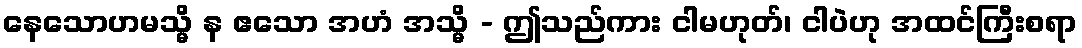
နေသောဟမသ္မိ န ဧသော အဟံ အသ္မိ - ဤသည်ကား ငါမဟုတ်၊ ငါပဲဟု အထင်ကြီးစရာ